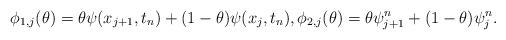
LaTeX: \begin{align*}&\phi_{1, j}(\theta) = \theta \psi(x_{j+1}, t_n) + (1-\theta)\psi(x_j, t_n),\phi_{2, j}(\theta) = \theta \psi^n_{j+1} + (1-\theta)\psi^n_{j}.\end{align*}